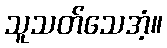
သူသတ်သေအံ့။